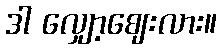
ဒါ လျှော့ဈေးလား။